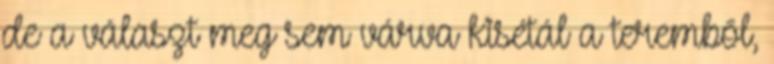
de a választ meg sem várva kisétál a teremből,